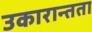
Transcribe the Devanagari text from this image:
उकारान्तता